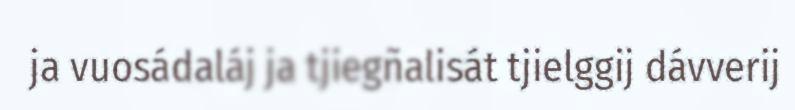
ja vuosádaláj ja tjiegñalisát tjielggij dávverij